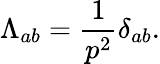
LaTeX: \Lambda_{ab}=\frac{1}{p^{2}}\delta_{ab}.